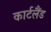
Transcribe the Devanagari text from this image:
कार्टलैंड